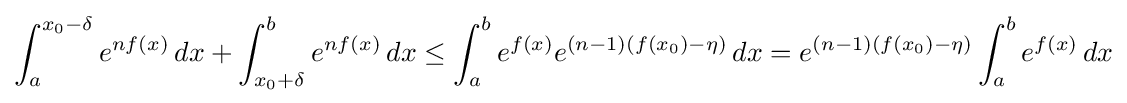
\int _{a}^{x_{0}-\delta }e^{nf(x)}\,dx+\int _{x_{0}+\delta }^{b}e^{nf(x)}\,dx\leq \int _{a}^{b}e^{f(x)}e^{(n-1)(f(x_{0})-\eta )}\,dx=e^{(n-1)(f(x_{0})-\eta )}\int _{a}^{b}e^{f(x)}\,dx